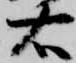
右